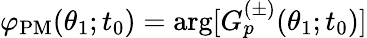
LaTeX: \varphi_{\mathrm{PM}}(\theta_{1};t_{0})=\arg[G_{p}^{(\pm)}(\theta_{1};t_{0})]